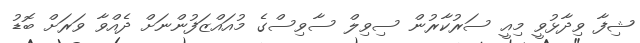
ޝިފާ ވިދާޅުވީ މިއީ ސަރުކާރުން ސިވިލް ސާވިސްގެ މުއައްޒަފުންނަށް ދެއްވާ ވަރަށް ބޮޑު